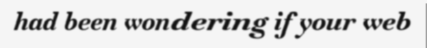
had been wondering if your web